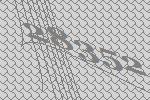
28352